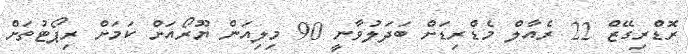
ރޮޑްރިގޭޒް 22 ރެއާލް މެޑްރިޑަށް ބަދަލުވާނީ 90 މިލިއަން ޔޫރޯއަށް ކަމަށް ރިޕޯޓުތަށް